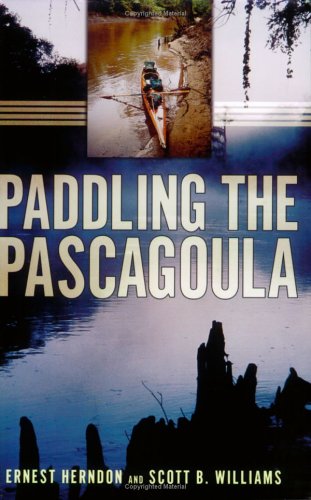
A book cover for Paddling the Pascagoula; Ernest Herndon; Sports & Outdoors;